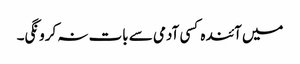
میں آئندہ کسی آدمی سے بات نہ کرونگی۔